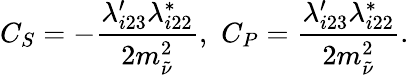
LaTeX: C_{S}=-{\frac{\lambda_{i23}^{\prime}\lambda_{i22}^{*}}{2m_{\tilde{\nu}}^{2}}},\, \, C_{P}={\frac{\lambda_{i23}^{\prime}\lambda_{i22}^{*}}{2m_{\tilde{\nu}}^{2}}}.